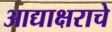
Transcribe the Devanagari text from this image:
आद्याक्षराचे